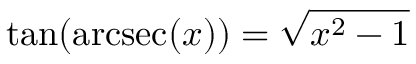
\tan ( \operatorname { a r c s e c } ( x ) ) = { \sqrt { x ^ { 2 } - 1 } }